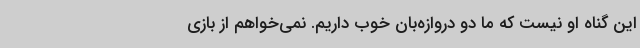
این گناه او نیست که ما دو دروازه‌بان خوب داریم. نمی‌خواهم از بازی